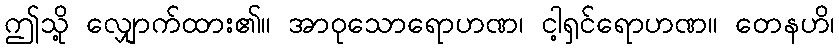
ဤသို့ လျှောက်ထား၏။ အာဝုသောရောဟဏ၊ ငါ့ရှင်ရောဟဏ။ တေနဟိ၊